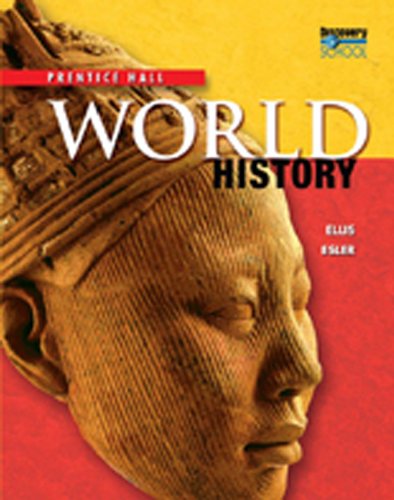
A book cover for HIGH SCHOOL WORLD HISTORY 2011 SURVEY STUDENT EDITION GRADE 9/10; PRENTICE HALL; Teen & Young Adult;